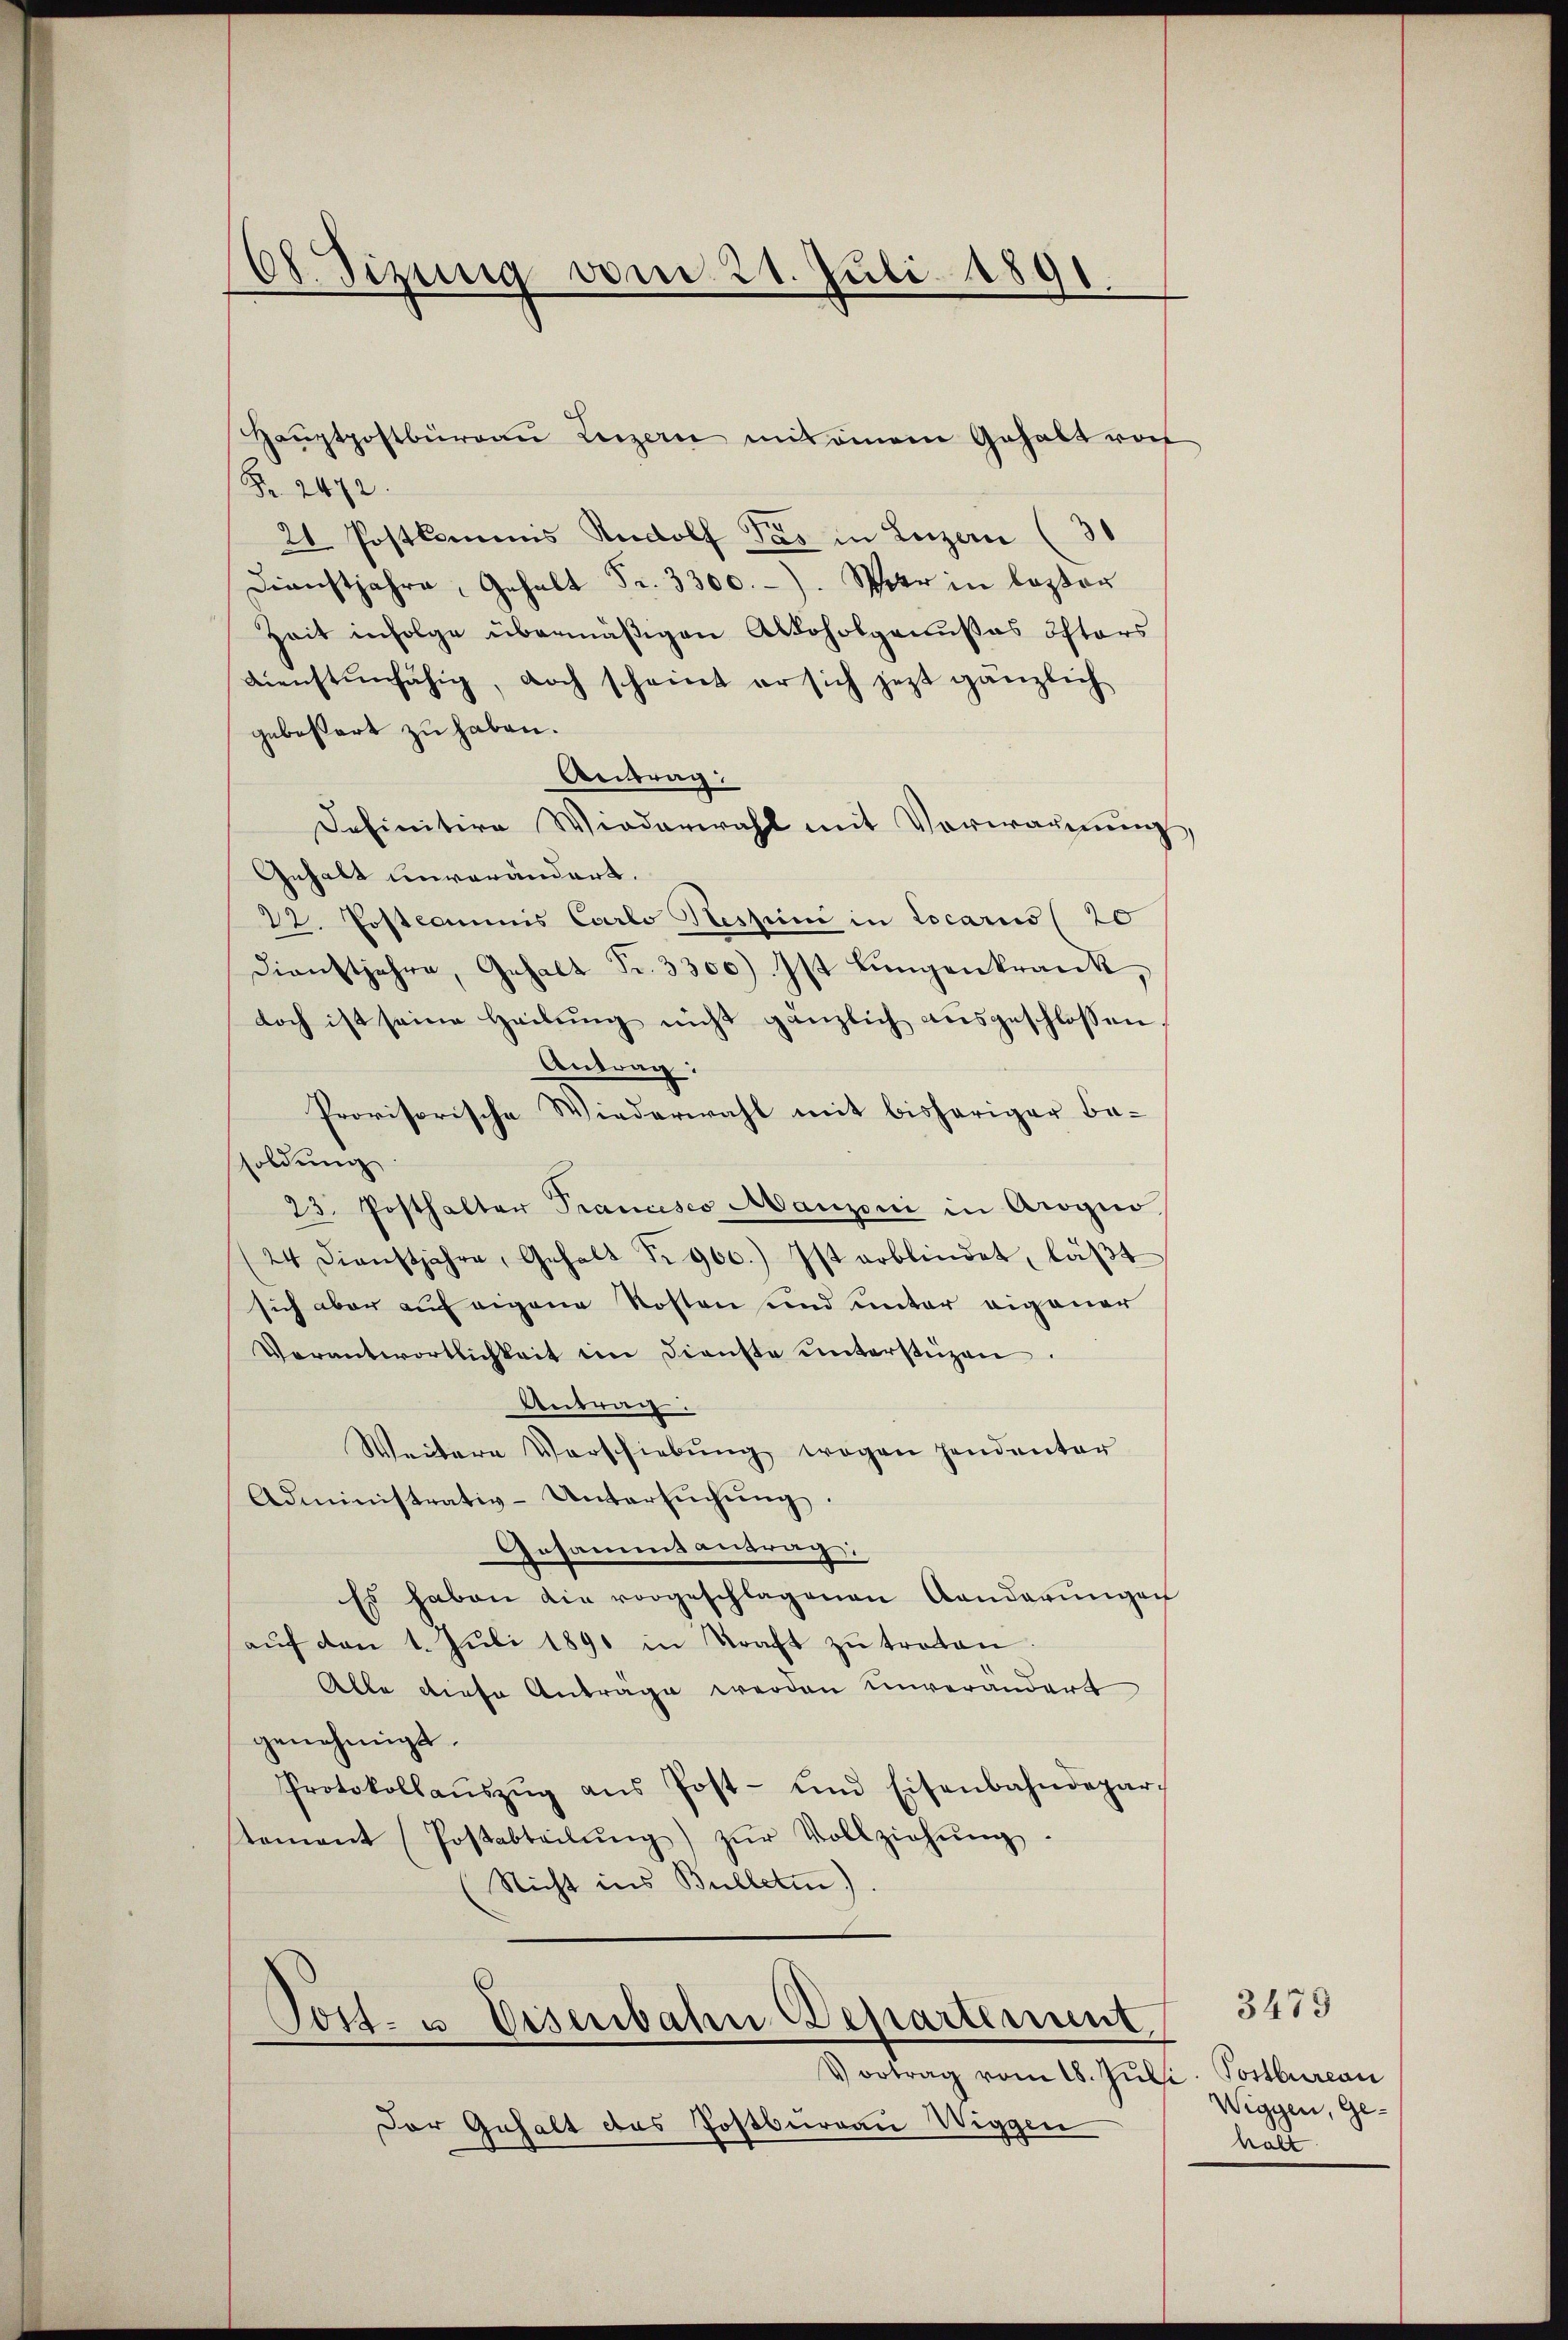
68. Sizung vom 21. Juli 1891.

Haŭptpostbürgaŭ Luzern mit einem Gehalt von
Fr. 2472.
21. Postkommis Rudolf Pás in Luzern (30
Dienstjahre, Gehalt Fr. 3300.) Sehr in lezter
Zeit infolge übermäßigen Alkoholgenußes östers
Dienstenfähig, doch scheint er sich jetzt gänzlich
gebeßert zu haben.
Antrag:
Definitive Wiederwahl mit Vorwärmung,
Gehalt unverändert.
22. Postcommis Carlo Hessini in Locario (20
Dienstjahre, Gehalt Fr. 3300) Ist Lungenkrank,
doch ist seine Heilŭng nicht gänzlich ausgeschlossen
Antrag:
Provisorische Wiederwahl mit bisheriger Be-
soldung
23. Posthalter Prancises Manzoni in Arogie
(24 Dienstjahre, Gehalt Fr. 900.) Ist erblindet, läβt
sich aber auf eigene Kosten und unter eigener
Verantwortlichkeit dem Dienste unterstüzen
Antrag.
Weitere Verschiebung wegen handenter
Administrativ-Untersŭchŭng.
Gesammsantrag:
Es haben die vorgeschlagenen Landerŭngen
aŭf den 1. Jŭli 1890 in Straft zŭ treten.
Alle diese Anträge werden unverändert
genehmigt.
Protokollaŭszŭg aŭs Post- und Eisenbahndepar
tement (Postabteilŭng zŭr Vollziehŭng.
Nicht ins Bulletin).

Post- u. Eisenbahn Departement

Vortrag vom 18. Juli Postbureau
Der Gehalt das Postburgau Wiggen

Wiggen, Gehalt

3479